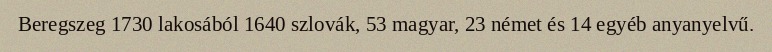
Beregszeg 1730 lakosából 1640 szlovák, 53 magyar, 23 német és 14 egyéb anyanyelvű.